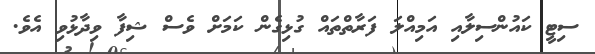
ސިޓީ ކައުންސިލާއި އަމިއްލަ ފަރާތްތައް ގުޅިގެން ކަމަށް ވެސް ޝިފާ ވިދާޅުވި އެވެ.